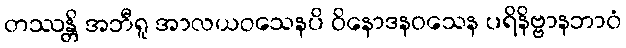
တဿန္တိ အဘီရူ အာလယဝသေနပိ ဝိနောဒနဝသေန ပရိနိဗ္ဗာနဘာဝံ